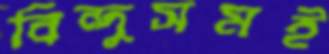
বিন্দুসমই